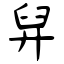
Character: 舁